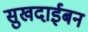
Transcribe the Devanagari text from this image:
सुखदाईबन